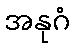
အနုဂံ